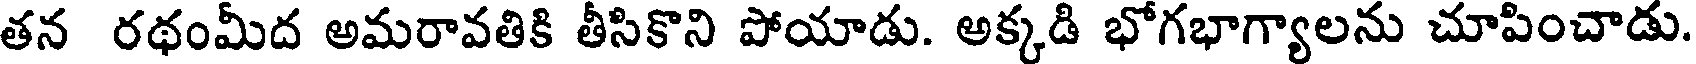
తన రథంమీద అమరావతికి తీసికొని పోయాడు. అక్కడి భోగభాగ్యాలను చూపించాడు.